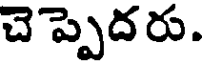
చెప్పెదరు.